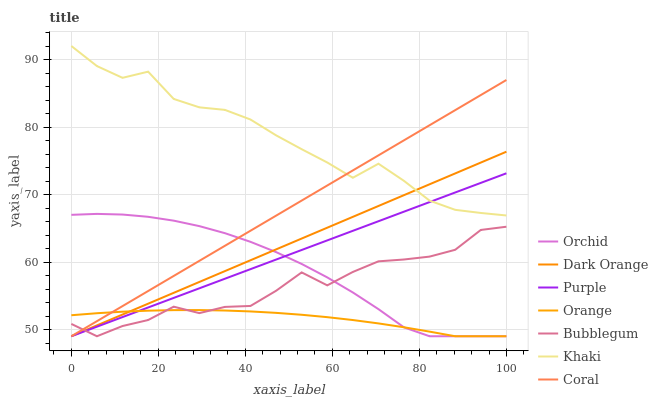
| xaxis_label | Orchid | Dark Orange | Purple | Orange | Bubblegum | Khaki | Coral |
 | --- | --- | --- | --- | --- | --- | --- | --- |
 | 0 | 67 | 49 | 49 | 52.1 | 50.8 | 92 | 49 |
 | 5.88 | 67.1 | 50.6 | 50.4 | 52.4 | 49 | 89 | 51.2 |
 | 11.8 | 67 | 52.2 | 51.8 | 52.6 | 50.5 | 87.3 | 53.5 |
 | 17.6 | 66.7 | 53.8 | 53.3 | 52.8 | 51.4 | 88.2 | 55.7 |
 | 23.5 | 66.1 | 55.4 | 54.7 | 52.9 | 53.4 | 84.2 | 57.9 |
 | 29.4 | 65.3 | 57 | 56.1 | 52.9 | 52.4 | 82.9 | 60.2 |
 | 35.3 | 64.3 | 58.6 | 57.5 | 52.8 | 53.3 | 82.5 | 62.4 |
 | 41.2 | 63 | 60.3 | 58.9 | 52.7 | 53.5 | 81.1 | 64.6 |
 | 47.1 | 61.5 | 61.9 | 60.4 | 52.5 | 55.7 | 78.8 | 66.9 |
 | 52.9 | 59.7 | 63.5 | 61.8 | 52.2 | 58.5 | 76.7 | 69.1 |
 | 58.8 | 57.7 | 65.1 | 63.2 | 51.8 | 56.5 | 74.7 | 71.3 |
 | 64.7 | 55.5 | 66.7 | 64.6 | 51.4 | 58.5 | 72.5 | 73.6 |
 | 70.6 | 53 | 68.3 | 66 | 50.9 | 60.1 | 74.6 | 75.8 |
 | 76.5 | 50.3 | 69.9 | 67.5 | 50.3 | 60.4 | 72 | 78 |
 | 82.4 | 49 | 71.5 | 68.9 | 49.7 | 60.8 | 69.1 | 80.3 |
 | 88.2 | 49 | 73.1 | 70.3 | 49 | 61.8 | 67.7 | 82.5 |
 | 94.1 | 49 | 74.7 | 71.7 | 49 | 64.7 | 67.3 | 84.7 |
 | 100 | 49 | 76.3 | 73.1 | 49 | 65.2 | 66.9 | 87 |